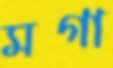
মগা